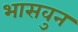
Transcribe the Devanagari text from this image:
भासवुन